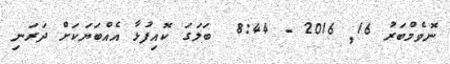
ނޮވެމްބަރު 16